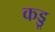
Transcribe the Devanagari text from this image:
कड्डू